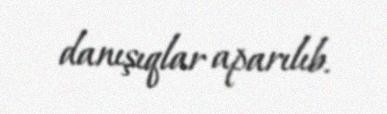
danışıqlar aparılıb.